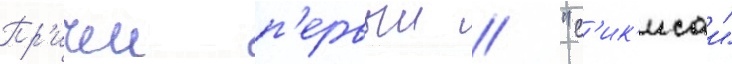
Пр'ичем п'ервыи / "с'ик'исаи"